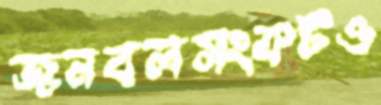
জনবলসংকটও